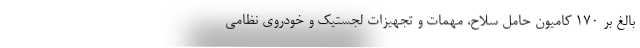
بالغ بر ۱۷۰ کامیون‌ حامل سلاح، مهمات و تجهیزات لجستیک و خودروی نظامی